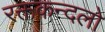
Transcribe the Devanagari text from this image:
रक्तकन्दलो